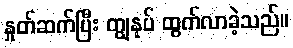
နှုတ်ဆက်ပြီး ကျွနုပ် ထွက်လာခဲ့သည်။